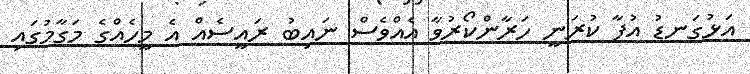
އަޅުގަނޑު އުފާ ކުރަނީ ހަރާންކޯރުވާ އެއްވެސް ނައިބު ރައީސެއް އެ މީހެއްގެ މަގާމުގައި